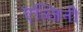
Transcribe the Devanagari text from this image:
एल्जिनी